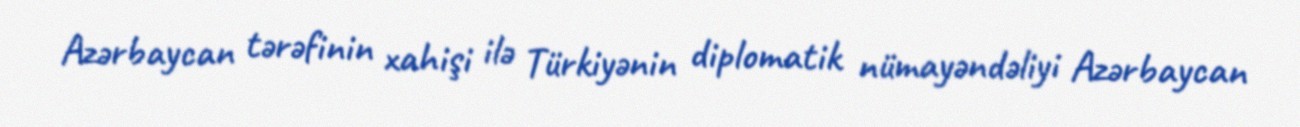
Azərbaycan tərəfinin xahişi ilə Türkiyənin diplomatik nümayəndəliyi Azərbaycan